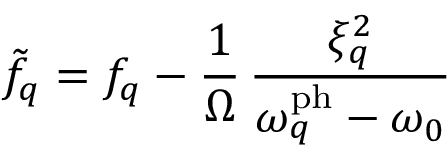
\tilde { f } _ { q } = f _ { q } - \frac { 1 } { \Omega } \, \frac { \xi _ { q } ^ { 2 } } { \omega _ { q } ^ { \mathrm { p h } } - \omega _ { 0 } }